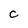
Character: C